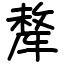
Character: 犛